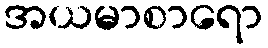
အယမာစာရော